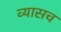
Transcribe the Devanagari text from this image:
व्यासच